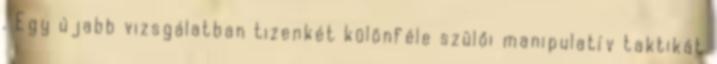
. Egy újabb vizsgálatban tizenkét különféle szülői manipulatív taktikát